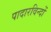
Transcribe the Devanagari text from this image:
पादारविन्दों